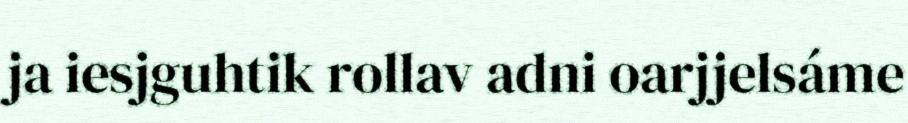
ja iesjguhtik rollav adni oarjjelsáme